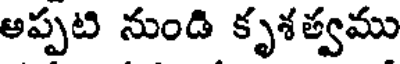
అప్పటి నుండి కృశత్వము